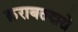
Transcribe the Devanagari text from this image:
क़राबतदारो